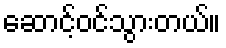
ဆောင့်ဝင်သွားတယ်။